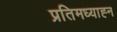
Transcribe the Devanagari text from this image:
प्रतिमध्याह्न